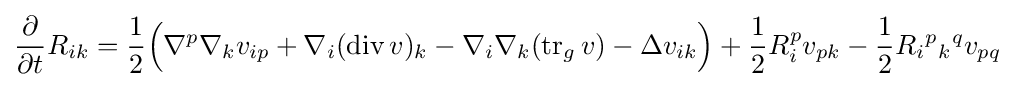
{\frac {\partial }{\partial t}}R_{ik}={\frac {1}{2}}{\Big (}\nabla ^{p}\nabla _{k}v_{ip}+\nabla _{i}(\operatorname {div} v)_{k}-\nabla _{i}\nabla _{k}(\operatorname {tr} _{g}v)-\Delta v_{ik}{\Big )}+{\frac {1}{2}}R_{i}^{p}v_{pk}-{\frac {1}{2}}R_{i}{}^{p}{}_{k}{}^{q}v_{pq}